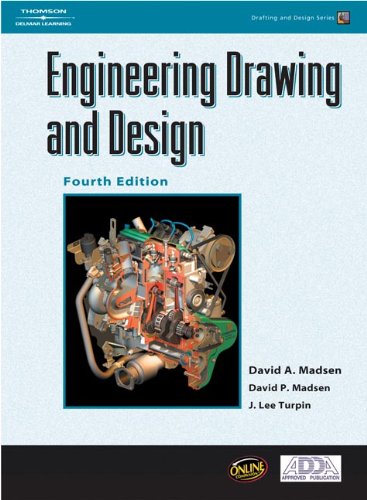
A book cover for Engineering Drawing and Design; David A. Madsen; Engineering & Transportation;